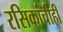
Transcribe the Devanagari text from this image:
रसिकांचीही